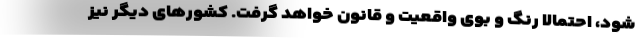
شود، احتمالا رنگ و بوی واقعیت و قانون خواهد گرفت. کشورهای دیگر نیز